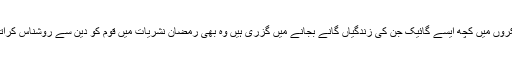
اسی طرح ان اینکروں میں کچھ ایسے گائیک جن کی زندگیاں گانے بجانے میں گزری ہیں وہ بھی رمضان نشریات میں قوم کو دین سے روشناس کراتے نظر آتے ہیں۔